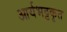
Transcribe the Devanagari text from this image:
आर्यभट्टकृत